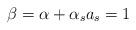
LaTeX: \begin{align*}\beta = \alpha + \alpha_s a_s = 1\end{align*}